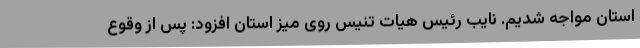
استان مواجه شدیم. نایب رئیس هیات تنیس روی میز استان افزود: پس از وقوع